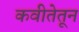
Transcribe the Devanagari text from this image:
कवीतेतून